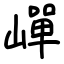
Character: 㠆